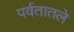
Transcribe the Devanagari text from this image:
पर्वतातले